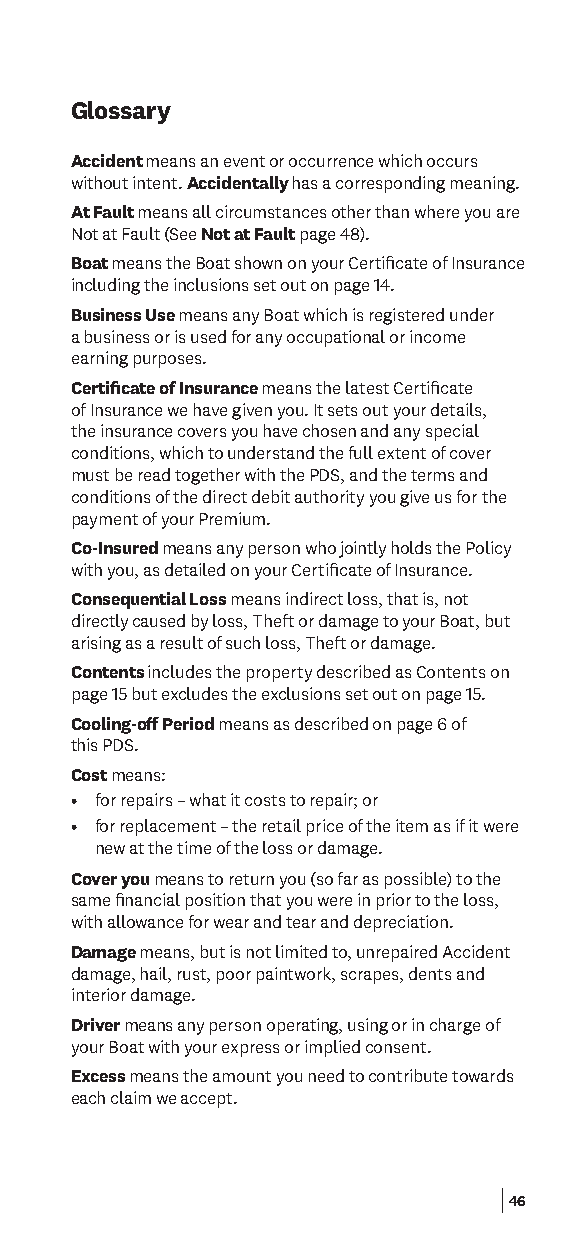
Glossary
 Accident means an event or occurrence which occurs
 without intent. Accidentally has a corresponding meaning.
 At Fault means all circumstances other than where you are
 Not at Fault (See Not at Fault page 48).
 Boat means the Boat shown on your Certifcate of Insurance
 including the inclusions set out on page 14.
 Business Use means any Boat which is registered under
 a business or is used for any occupational or income
 earning purposes.
 Certifcate of Insurance means the latest Certifcate
 of Insurance we have given you. It sets out your details,
 the insurance covers you have chosen and any special
 conditions, which to understand the full extent of cover
 must be read together with the PDS, and the terms and
 conditions of the direct debit authority you give us for the
 payment of your Premium.
 Co-Insured means any person who jointly holds the Policy
 with you, as detailed on your Certifcate of Insurance.
 Consequential Loss means indirect loss, that is, not
 directly caused by loss, Theft or damage to your Boat, but
 arising as a result of such loss, Theft or damage.
 Contents includes the property described as Contents on
 page 15 but excludes the exclusions set out on page 15.
 Cooling-of Period means as described on page 6 of
 this PDS.
 Cost means:
 • for repairs – what it costs to repair; or
 • for replacement – the retail price of the item as if it were
 new at the time of the loss or damage.
 Cover you means to return you (so far as possible) to the
 same fnancial position that you were in prior to the loss,
 with allowance for wear and tear and depreciation.
 Damage means, but is not limited to, unrepaired Accident
 damage, hail, rust, poor paintwork, scrapes, dents and
 interior damage.
 Driver means any person operating, using or in charge of
 your Boat with your express or implied consent.
 Excess means the amount you need to contribute towards
 each claim we accept.
 46